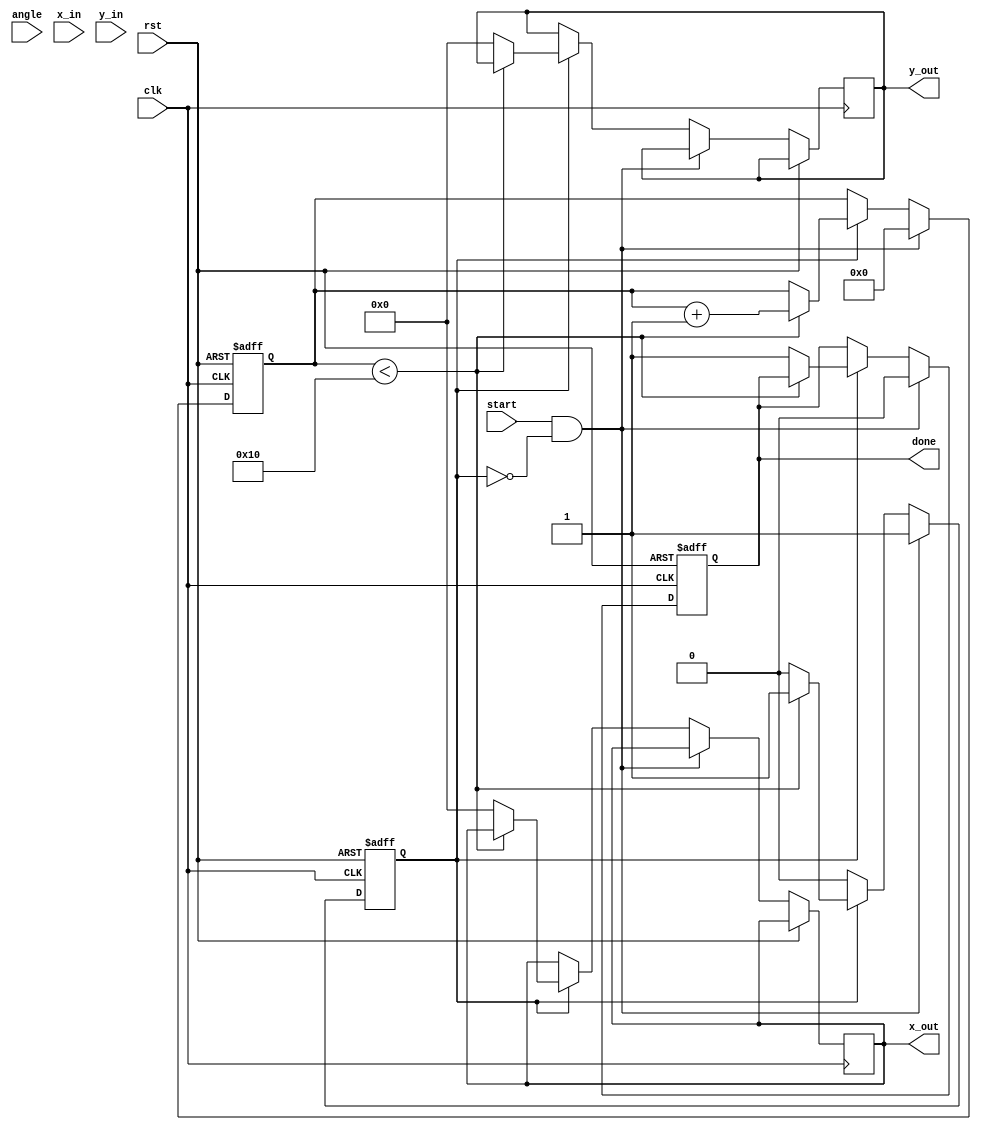
module fixed_point_cordic #(
    parameter WIDTH = 16,         // Bit-width for fixed-point representation
    parameter ITERATIONS = 16,    // Number of CORDIC iterations
    parameter SCALING_FACTOR = 16'hB8D8 // Pre-computed scaling factor (approx 0.607)
)(
    input wire clk,                // Clock signal
    input wire rst,                // Reset signal
    input wire start,              // Start signal for computation
    input wire signed [WIDTH-1:0] angle, // Input angle (in fixed-point)
    input wire signed [WIDTH-1:0] x_in,   // Input x coordinate
    input wire signed [WIDTH-1:0] y_in,   // Input y coordinate
    output reg signed [WIDTH-1:0] x_out,   // Output x coordinate
    output reg signed [WIDTH-1:0] y_out,   // Output y coordinate
    output reg done                // Done signal
);

    // Lookup table for arctangent values (atan(2^-i) for i = 0 to ITERATIONS-1)
    reg signed [WIDTH-1:0] atan_lut[0:ITERATIONS-1];
    initial begin
        atan_lut[0] = 16'h2000; // atan(1) = 45 degrees in fixed-point
        atan_lut[1] = 16'h1000; // atan(0.5) = 26.565 degrees
        atan_lut[2] = 16'h0800; // atan(0.25) = 14.036 degrees
        // Add more values as needed for the number of iterations
        // ...
        atan_lut[15] = 16'h0000; // atan(0) = 0 degrees
    end

    // State variables
    reg [3:0] iteration_count;  // Counter for iterations
    reg signed [WIDTH-1:0] x;    // Current x value
    reg signed [WIDTH-1:0] y;    // Current y value
    reg signed [WIDTH-1:0] z;    // Current angle
    reg busy;                    // Busy flag

    // CORDIC computation process
    always @(posedge clk or posedge rst) begin
        if (rst) begin
            x <= 0;
            y <= 0;
            z <= 0;
            iteration_count <= 0;
            done <= 0;
            busy <= 0;
        end else if (start && !busy) begin
            x <= x_in;
            y <= y_in;
            z <= angle;
            iteration_count <= 0;
            done <= 0;
            busy <= 1;
        end else if (busy) begin
            if (iteration_count < ITERATIONS) begin
                // Determine the rotation direction
                if (z < 0) begin
                    x <= x + (y >>> iteration_count);
                    y <= y - (x >>> iteration_count);
                    z <= z + atan_lut[iteration_count];
                end else begin
                    x <= x - (y >>> iteration_count);
                    y <= y + (x >>> iteration_count);
                    z <= z - atan_lut[iteration_count];
                end
                iteration_count <= iteration_count + 1;
            end else begin
                // Final scaling
                x_out <= x * SCALING_FACTOR >>> 16; // Apply scaling
                y_out <= y * SCALING_FACTOR >>> 16; // Apply scaling
                done <= 1;
                busy <= 0;
            end
        end
    end
endmodule